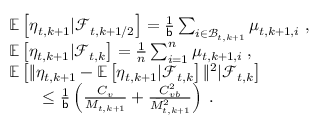
\begin{array} { r l } & { \mathbb { E } \left[ \eta _ { t , k + 1 } \vert \mathcal { F } _ { t , k + 1 / 2 } \right] = \frac { 1 } { \mathsf { b } } \sum _ { i \in \mathcal { B } _ { t , k + 1 } } \mu _ { t , k + 1 , i } \; , } \\ & { \mathbb { E } \left[ \eta _ { t , k + 1 } \vert \mathcal { F } _ { t , k } \right] = \frac { 1 } { n } \sum _ { i = 1 } ^ { n } \mu _ { t , k + 1 , i } \; , } \\ & { \mathbb { E } \left[ \| \eta _ { t , k + 1 } - \mathbb { E } \left[ \eta _ { t , k + 1 } \vert \mathcal { F } _ { t , k } \right] \| ^ { 2 } \vert \mathcal { F } _ { t , k } \right] } \\ & { \qquad \leq \frac { 1 } { \mathsf { b } } \left( \frac { C _ { v } } { M _ { t , k + 1 } } + \frac { C _ { v b } ^ { 2 } } { \bar { M } _ { t , k + 1 } ^ { 2 } } \right) \; . } \end{array}